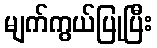
မျက်ကွယ်ပြုပြီး